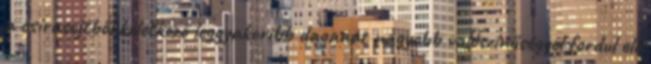
a csírasejtből keletkező leggyakoribb daganat nagyobb valószínűséggel fordul elő